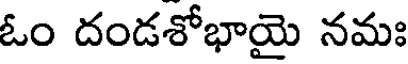
ఓం దండశోభాయై నమః